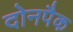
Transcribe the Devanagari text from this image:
दोनपैक